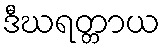
ဒီဃရတ္တာယ